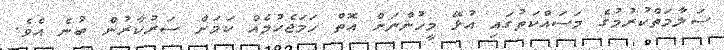
ސަލާމަތްކުރުމުގެ މަސައްކަތުގައި އުޅޭ މީހުންނަށް އޮތް ހަމަޖެހުމެއް ކަމަށް ސަރުކާރުން ބުނެ އެވެ.